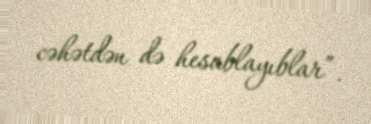
cəhətdən də hesablayıblar”.